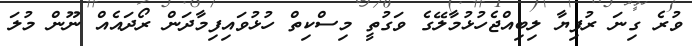
ވުރެ ގިނަ ރުފިޔާ ލިބިއްޖެހުޅުމާލޭގެ ވަގުތީ މިސްކިތް ހުޅުވައިފިމާދަން ރޯދައެއް ނޫން މުލަ